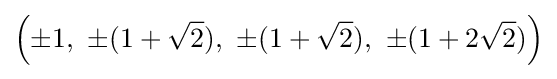
\left(\pm 1,\ \pm (1+{\sqrt {2}}),\ \pm (1+{\sqrt {2}}),\ \pm (1+2{\sqrt {2}})\right)